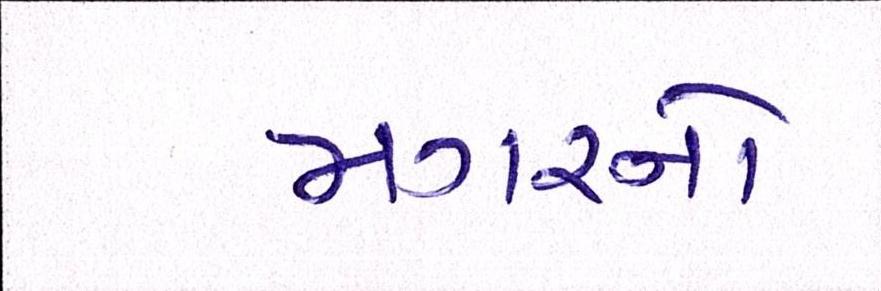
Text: મગરનો